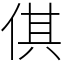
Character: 倛